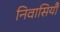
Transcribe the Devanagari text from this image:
निवासियौं